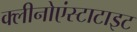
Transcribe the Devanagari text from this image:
क्लीनोएंस्टाटाइट